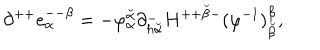
LaTeX: \partial ^ { + + } e _ { \alpha } ^ { -- \beta } = - \varphi _ { \alpha } ^ { \breve { \alpha } } \partial _ { h { \breve { \alpha } } } ^ { - } H ^ { + + { \breve { \beta } } - } ( \varphi ^ { - 1 } ) _ { \breve { \beta } } ^ { \beta } ,